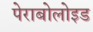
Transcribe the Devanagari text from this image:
पेराबोलोइड